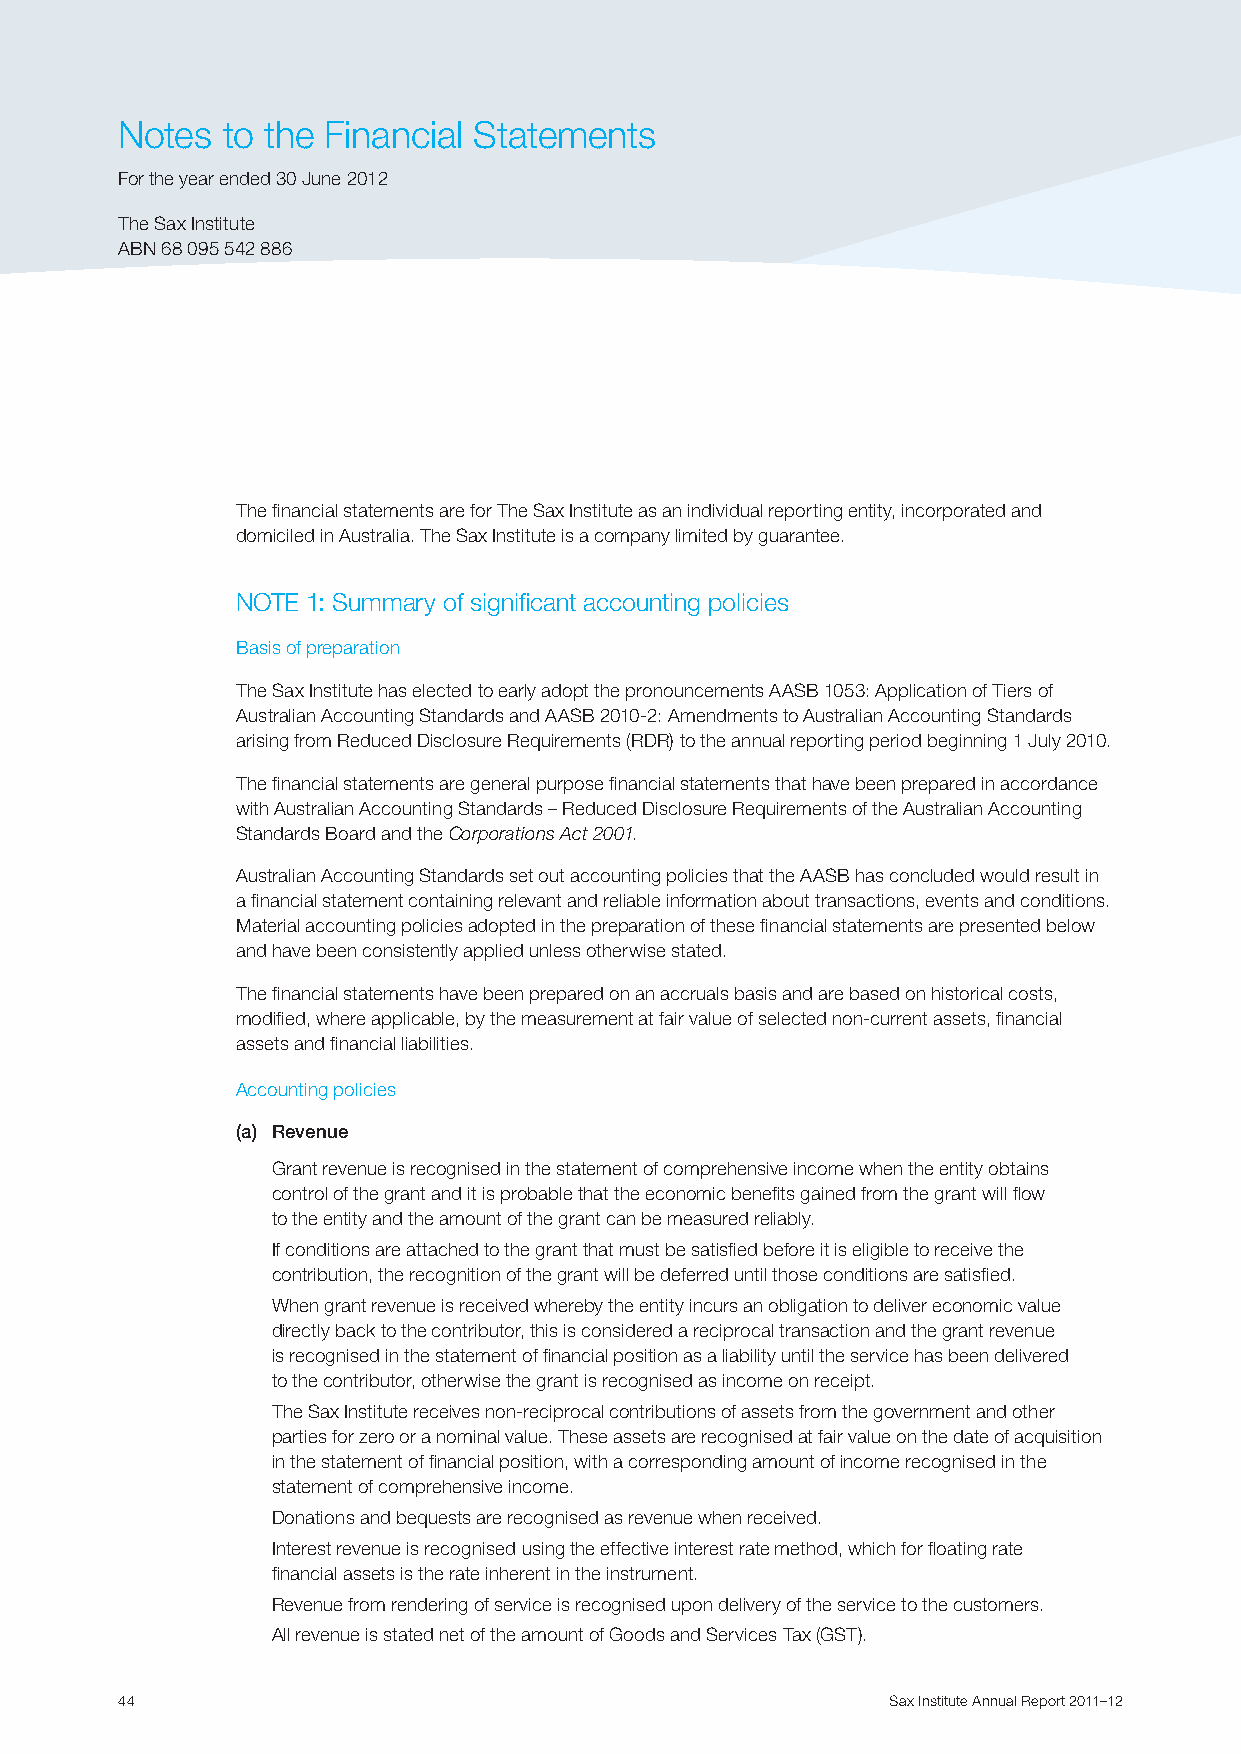
Notes  to the Financial Statements
 For the year ended 30 June 2012
 The Sax Institute
 ABN 68 095 542 886
 The financial statements are for The Sax Institute as an individual reporting entity, incorporated and
 domiciled in Australia. The Sax Institute is a company limited by guarantee.
 NOTE 1: Summary of significant accounting policies
 Basis of preparation
 The Sax Institute has elected to early adopt the pronouncements AASB 1053: Application of Tiers of
 Australian Accounting Standards and AASB 2010-2: Amendments to Australian Accounting Standards
 arising from Reduced Disclosure Requirements (RDR) to the annual reporting period beginning 1 July 2010.
 The financial statements are general purpose financial statements that have been prepared in accordance
 with Australian Accounting Standards – Reduced Disclosure Requirements of the Australian Accounting
 Standards Board and the Corporations Act 2001.
 Australian Accounting Standards set out accounting policies that the AASB has concluded would result in
 a financial statement containing relevant and reliable information about transactions, events and conditions.
 Material accounting policies adopted in the preparation of these financial statements are presented below
 and have been consistently applied unless otherwise stated.
 The financial statements have been prepared on an accruals basis and are based on historical costs,
 modified, where applicable, by the measurement at fair value of selected non-current assets, financial
 assets and financial liabilities.
 Accounting policies
 (a) Revenue
 Grant revenue is recognised in the statement of comprehensive income when the entity obtains
 control of the grant and it is probable that the economic benefits gained from the grant will flow
 to the entity and the amount of the grant can be measured reliably.
 If conditions are attached to the grant that must be satisfied before it is eligible to receive the
 contribution, the recognition of the grant will be deferred until those conditions are satisfied.
 When grant revenue is received whereby the entity incurs an obligation to deliver economic value
 directly back to the contributor, this is considered a reciprocal transaction and the grant revenue
 is recognised in the statement of financial position as a liability until the service has been delivered
 to the contributor, otherwise the grant is recognised as income on receipt.
 The Sax Institute receives non-reciprocal contributions of assets from the government and other
 parties for zero or a nominal value. These assets are recognised at fair value on the date of acquisition
 in the statement of financial position, with a corresponding amount of income recognised in the
 statement of comprehensive income.
 Donations and bequests are recognised as revenue when received.
 Interest revenue is recognised using the effective interest rate method, which for floating rate
 financial assets is the rate inherent in the instrument.
 Revenue from rendering of service is recognised upon delivery of the service to the customers.
 All revenue is stated net of the amount of Goods and Services Tax (GST).
 44                                                 Sax Institute Annual Report 2011–12